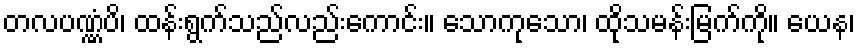
တလပဏ္ဏံပိ၊ ထန်းရွက်သည်လည်းကောင်း။ သောကုသော၊ ထိုသမန်းမြက်ကို။ ယေန၊